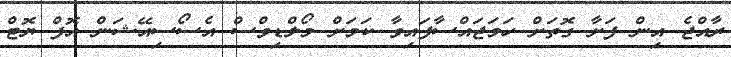
ރާއްޖެ އިން ފަށާ ގޮތަށް ހަމަޖައްސާފައިވާ ކަމަށް މޯލްޑިވްސް އެސޯސިއޭޝަން އޮފް ޔޮޓް